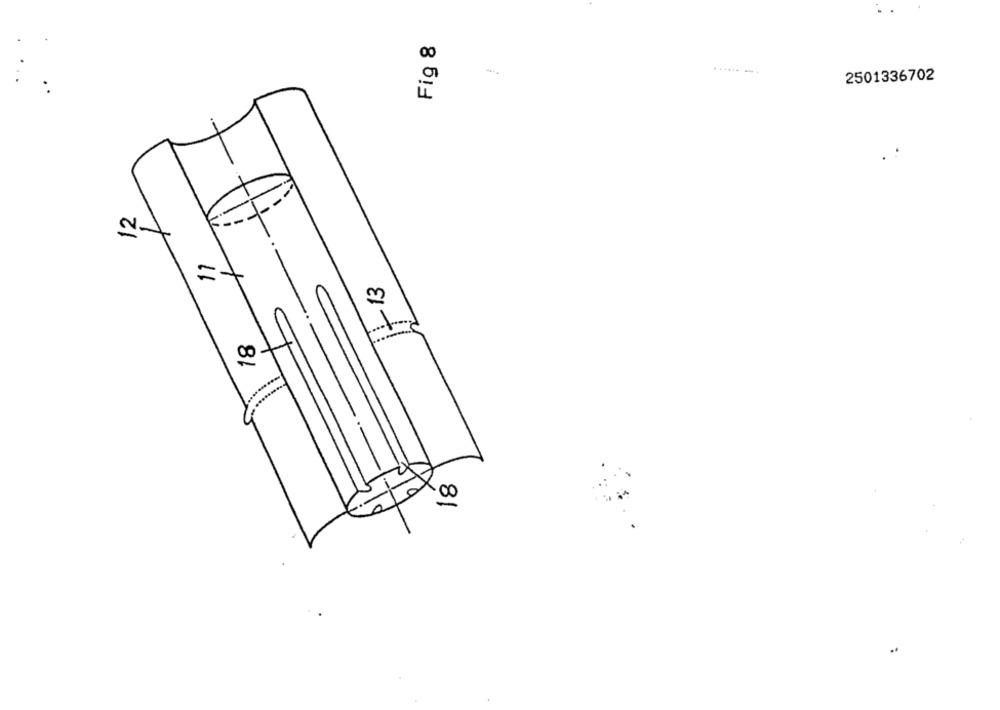
Fig 8
...... -.
2501336702
12
-13
81
Co